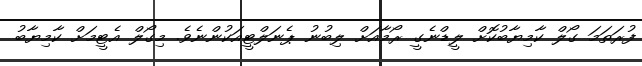
ފުރަތަމަ ގޯލް ކާމިޔާބުކޮށް ލީޑްނެގީ ރޯމާއަށް ލިބުނު ޕެނަލްޓީއަކުންނެވެ. މިގޯލް އެޓީމަށް ކާމިޔާބު